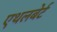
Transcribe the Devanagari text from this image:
एथलबेर्ट